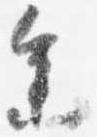
参